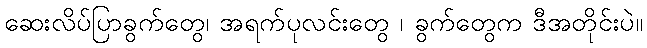
ဆေးလိပ်ပြာခွက်တွေ၊ အရက်ပုလင်းတွေ ၊ ခွက်တွေက ဒီအတိုင်းပဲ။